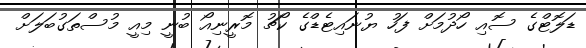
ޑަލޮޓްގެ ސޮއި ހޯދުމަށް ފަހު ޔުނައިޓެޑްގެ ކޯޗު މޮރީނިއޯ ބުނީ މިއީ މުސްތަގުބަލަށް